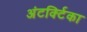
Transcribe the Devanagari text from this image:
अंटर्क्टिका